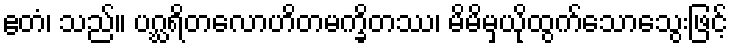
ဧတံ၊ သည်။ ပဂ္ဃရိတလောဟိတမက္ခိတဿ၊ မိမိမှယိုထွက်သောသွေးဖြင့်